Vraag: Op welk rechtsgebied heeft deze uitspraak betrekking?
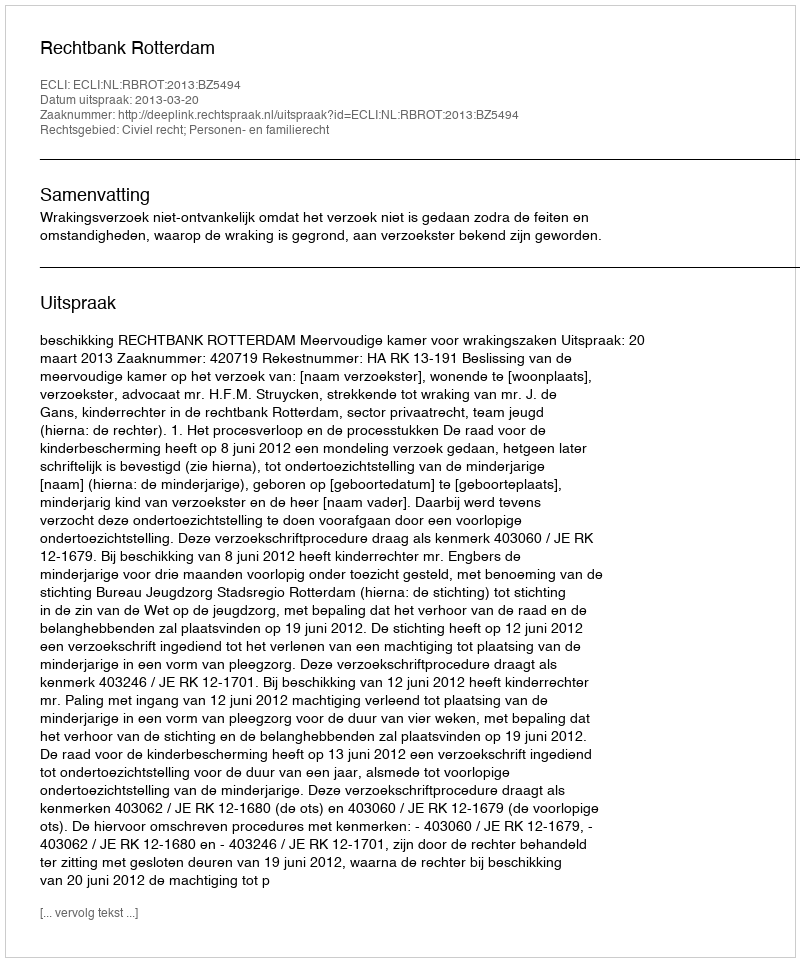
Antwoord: Civiel recht; Personen- en familierecht